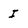
Character: I